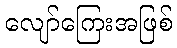
လျော်ကြေးအဖြစ်